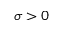
\sigma > 0